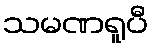
သမဏရူပီ